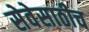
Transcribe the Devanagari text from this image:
सेवेसाठीच